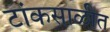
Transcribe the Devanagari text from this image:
टांकसाळीत